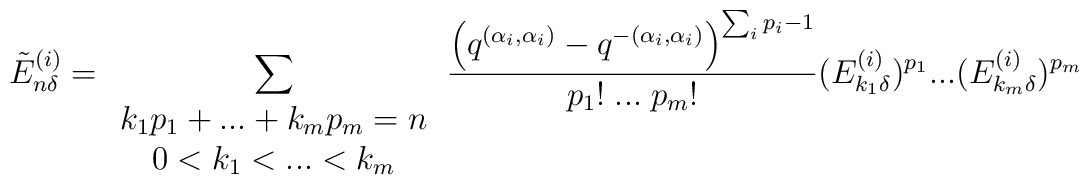
\tilde{E}^{(i)}_{n\delta}=\sum_{\begin{array}{c}k_1p_1+...+k_mp_m=n\\0<k_1<...<k_m\end{array}}\frac{\left ( q^{(\alpha_i,\alpha_i)}-q^{-(\alpha_i,\alpha_i)}\right )^{\sum_ip_i-1}}{p_1!\;...\;p_m!}(E^{(i)}_{k_1\delta})^{p_1}...(E^{(i)}_{k_m\delta})^{p_m}